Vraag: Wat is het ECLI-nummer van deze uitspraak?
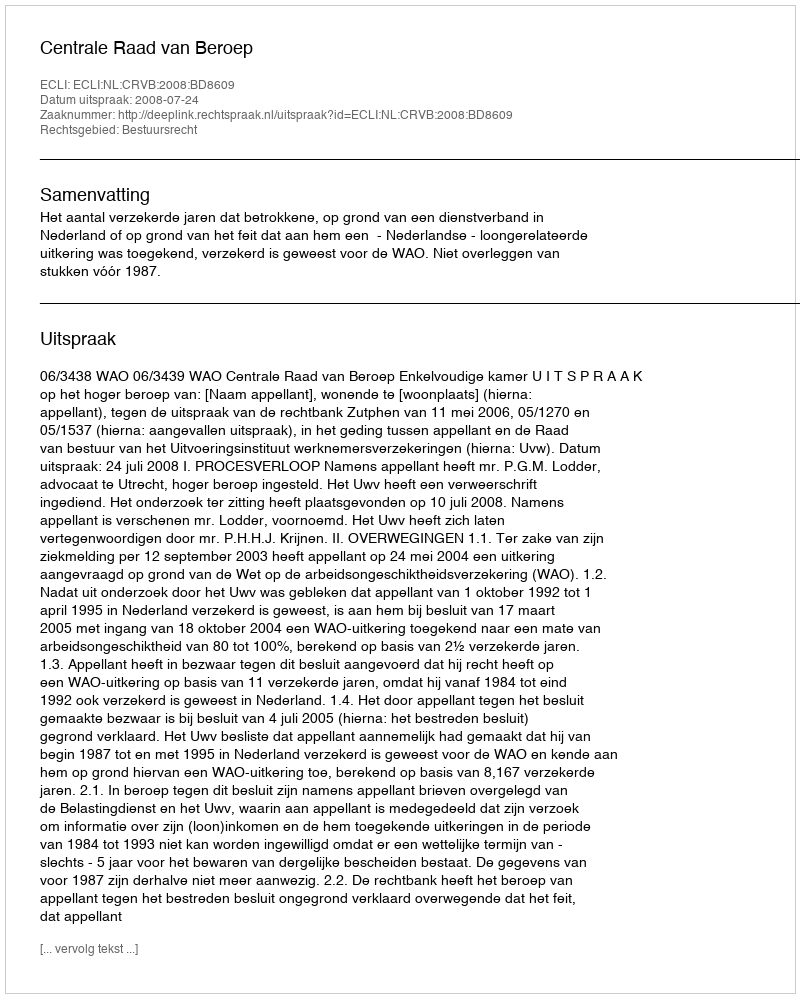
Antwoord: ECLI:NL:CRVB:2008:BD8609